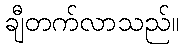
ချီတက်လာသည်။